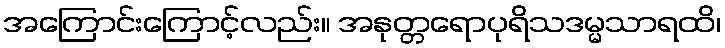
အကြောင်းကြောင့်လည်း။ အနုတ္တရောပုရိသဒမ္မသာရထိ၊